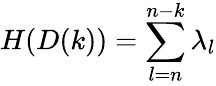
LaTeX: H(D(k))=\sum_{l=n}^{n-k}\lambda_{l}